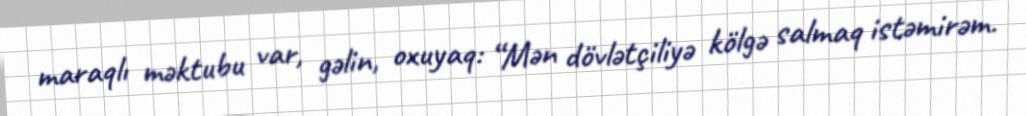
maraqlı məktubu var, gəlin, oxuyaq: “Mən dövlətçiliyə kölgə salmaq istəmirəm.